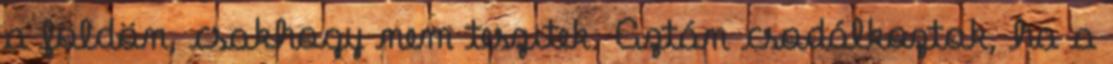
a földön, csakhogy nem teszitek. Aztán csodálkoztok, ha a